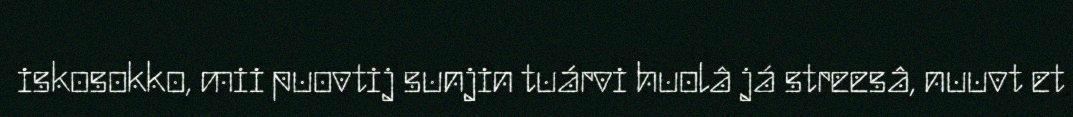
iskosokko, mii puovtij sunjin tuárvi huolâ já streesâ, nuuvt et